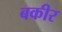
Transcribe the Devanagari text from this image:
बकीर